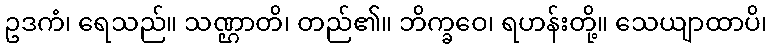
ဥဒကံ၊ ရေသည်။ သဏ္ဌာတိ၊ တည်၏။ ဘိက္ခဝေ၊ ရဟန်းတို့။ သေယျာထာပိ၊